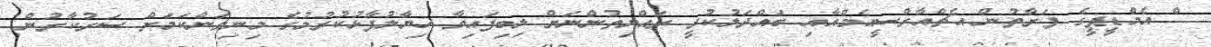
ް އެމްޑީޕީގެ ފަރާތުން އެޗްއާރްސީއެމްއާއި ބައްދަލުކުރީ ރައްޔިތުންނަށް ލިބިފައިވާ ހިޔާލުފާޅުކުރުމުގެ މިނިވަންކަމަށް ސަރުކާރުން